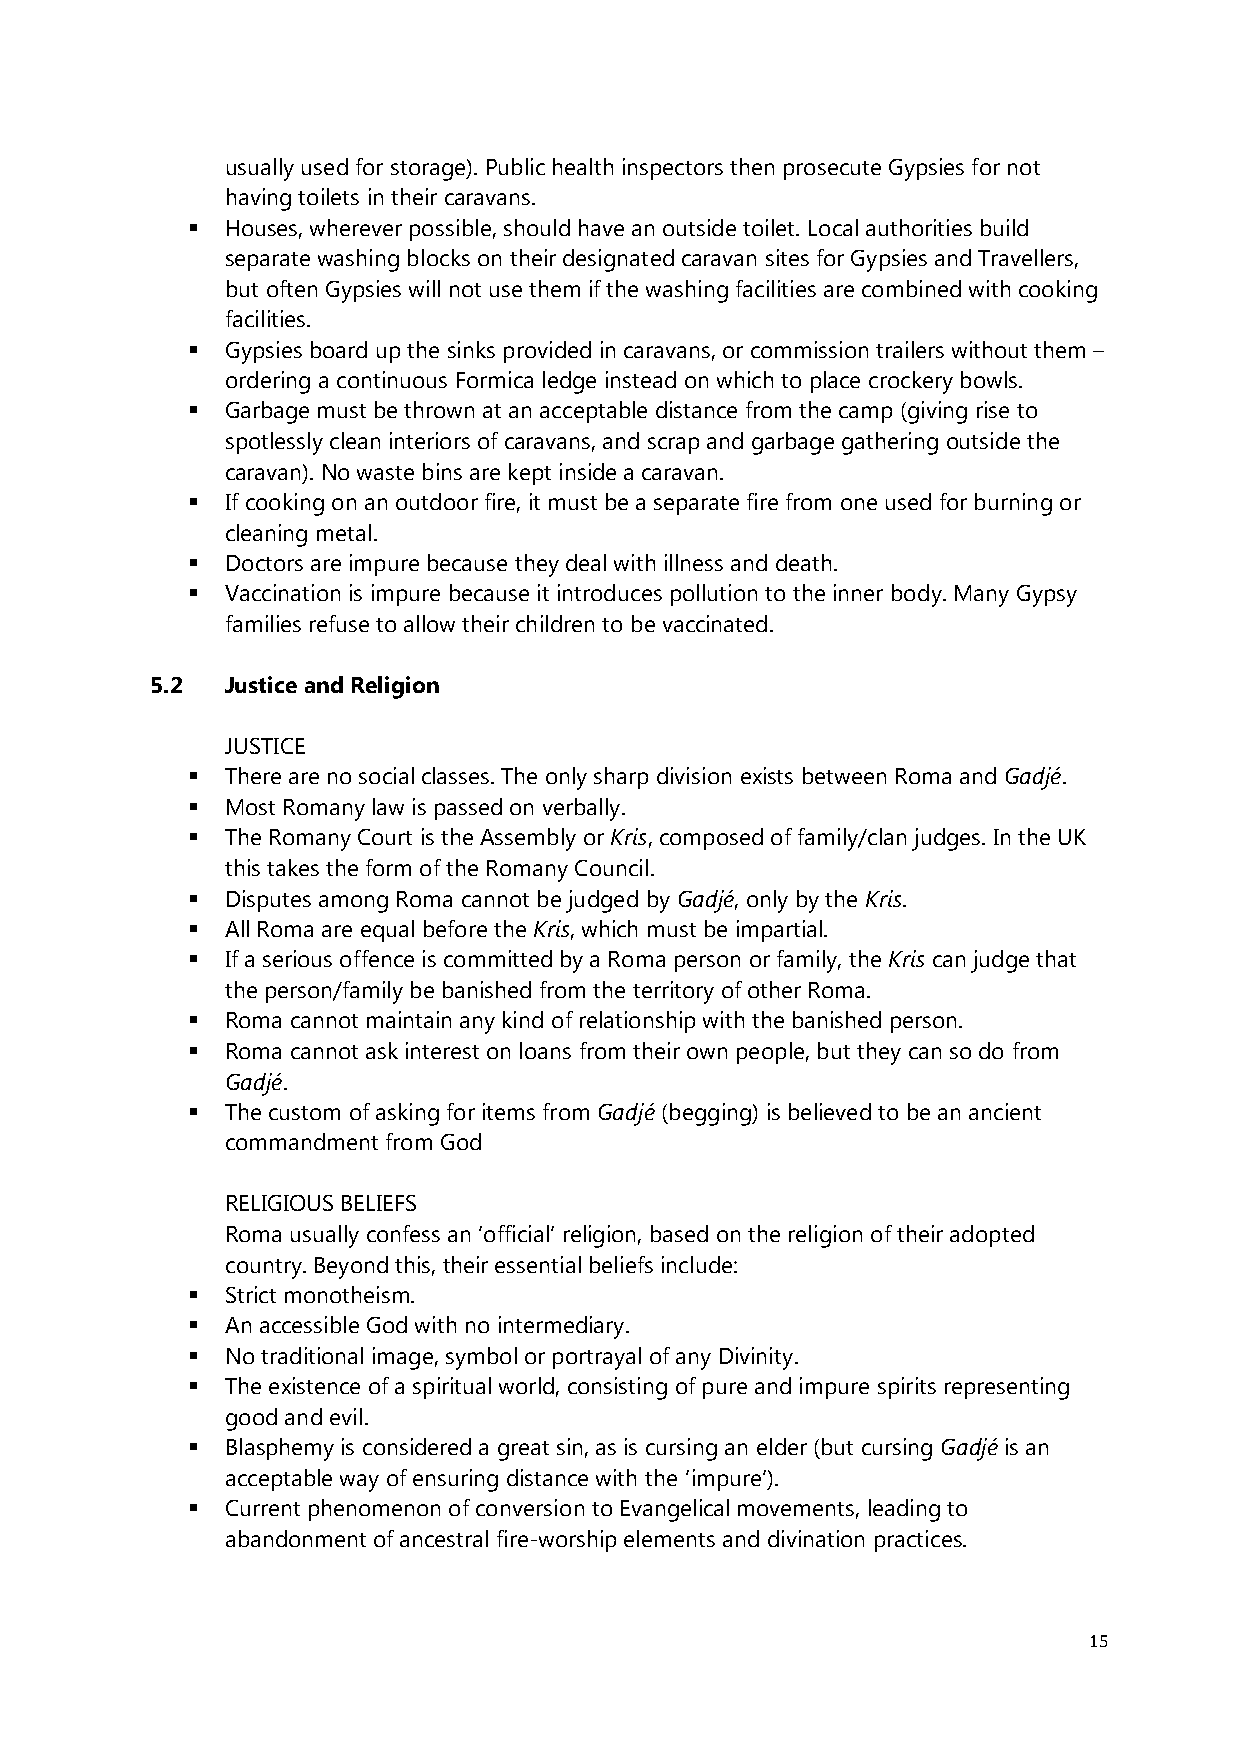
usually used for storage). Public health inspectors then prosecute Gypsies for not
 having toilets in their caravans.
   Houses, wherever possible, should have an outside toilet. Local authorities build
 separate washing blocks on their designated caravan sites for Gypsies and Travellers,
 but often Gypsies will not use them if the washing facilities are combined with cooking
 facilities.
   Gypsies board up the sinks provided in caravans, or commission trailers without them –
 ordering a continuous Formica ledge instead on which to place crockery bowls.
   Garbage must be thrown at an acceptable distance from the camp (giving rise to
 spotlessly clean interiors of caravans, and scrap and garbage gathering outside the
 caravan). No waste bins are kept inside a caravan.
   If cooking on an outdoor fire, it must be a separate fire from one used for burning or
 cleaning metal.
   Doctors are impure because they deal with illness and death.
   Vaccination is impure because it introduces pollution to the inner body. Many Gypsy
 families refuse to allow their children to be vaccinated.
 5.2  Justice and Religion
 JUSTICE
   There are no social classes. The only sharp division exists between Roma and Gadjé.
   Most Romany law is passed on verbally.
   The Romany Court is the Assembly or Kris, composed of family/clan judges. In the UK
 this takes the form of the Romany Council.
   Disputes among Roma cannot be judged by Gadjé, only by the Kris.
   All Roma are equal before the Kris, which must be impartial.
   If a serious offence is committed by a Roma person or family, the Kris can judge that
 the person/family be banished from the territory of other Roma.
   Roma cannot maintain any kind of relationship with the banished person.
   Roma cannot ask interest on loans from their own people, but they can so do from
 Gadjé.
   The custom of asking for items from Gadjé (begging) is believed to be an ancient
 commandment from God
 RELIGIOUS BELIEFS
 Roma usually confess an ‘official’ religion, based on the religion of their adopted
 country. Beyond this, their essential beliefs include:
   Strict monotheism.
   An accessible God with no intermediary.
   No traditional image, symbol or portrayal of any Divinity.
   The existence of a spiritual world, consisting of pure and impure spirits representing
 good and evil.
   Blasphemy is considered a great sin, as is cursing an elder (but cursing Gadjé is an
 acceptable way of ensuring distance with the ‘impure’).
   Current phenomenon of conversion to Evangelical movements, leading to
 abandonment of ancestral fire-worship elements and divination practices.
 15